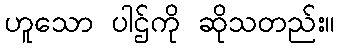
ဟူသော ပါဌ်ကို ဆိုသတည်း။